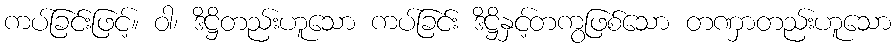
ကပ်ခြင်းဖြင့်။ ဝါ၊ ဒိဋ္ဌိတည်းဟူသော ကပ်ခြင်း ဒိဋ္ဌိနှင့်တကွဖြစ်သော တဏှာတည်းဟူသော